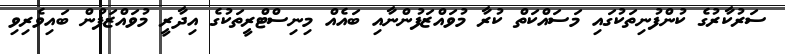
ސަރުކާރުގެ ކުންފުނިތަކުގައި މަސައްކަތް ކުރާ މުވައްޒަފުންނާއި ބައެއް މިނިސްޓްރީތަކުގެ އިދާރީ މުވައްޒަފުން ބައިވެރިވި